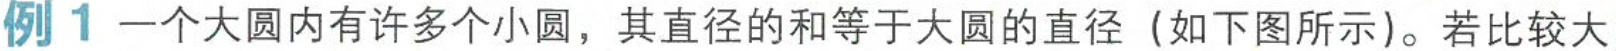
例1一个大圆内有许多个小圆，其直径的和等于大圆的直径(如下图所示)。